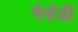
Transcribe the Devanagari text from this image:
गैसेंडी